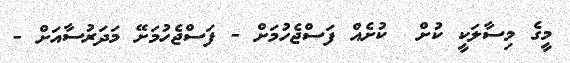
މީގެ މިސާލަކީ ކުށް  ކުށެއް ފަސްޖެހުމަށް - ފަސްޖެހުމަށޭ މަދަރުސާއަށް -